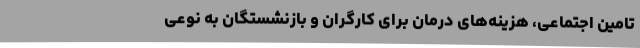
تامین اجتماعی، هزینه‌های درمان برای کارگران و بازنشستگان به نوعی